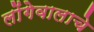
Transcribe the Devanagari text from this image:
लोंगेवालाचे